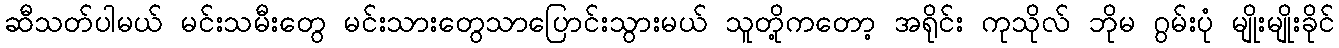
ဆီသတ်ပါမယ် မင်းသမီးတွေ မင်းသားတွေသာပြောင်းသွားမယ် သူတို့ကတော့ အရိုင်း ကုသိုလ် ဘိုမ ဂွမ်းပုံ မျိုးမျိုးခိုင်